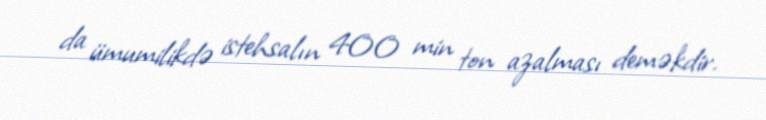
da ümumilikdə istehsalın 400 min ton azalması deməkdir.